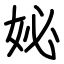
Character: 妼